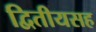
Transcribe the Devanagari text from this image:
द्वितीयसह